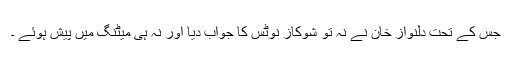
جس کے تحت دلنواز خان نے نہ تو شوکاز نوٹس کا جواب دیا اور نہ ہی میٹنگ میں پیش ہوئے ۔